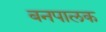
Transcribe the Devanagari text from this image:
बनपालक